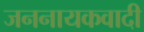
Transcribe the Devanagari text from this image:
जननायकवादी